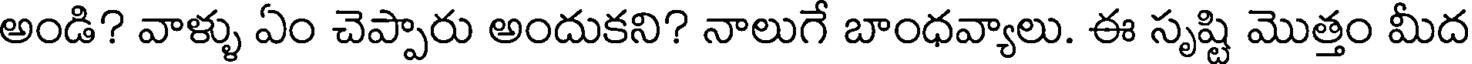
అండి? వాళ్ళు ఏం చెప్పారు అందుకని? నాలుగే బాంధవ్యాలు. ఈ సృష్టి మొత్తం మీద